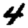
Digit: 4